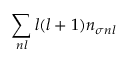
\sum _ { n l } l ( l + 1 ) n _ { \sigma n l }